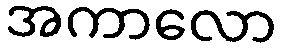
အကာလော